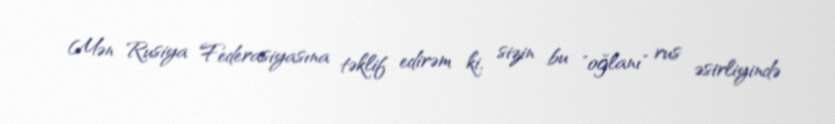
Mən Rusiya Federasiyasına təklif edirəm ki, sizin bu "oğlanı" rus əsirliyində